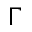
\Gamma